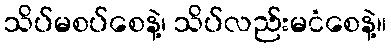
သိပ်မစပ်စေနဲ့၊ သိပ်လည်းမငံစေနဲ့။